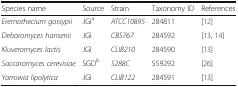
<table><thead><tr><td><b>Species name</b></td><td><b>Source</b></td><td><b>Strain</b></td><td><b>Taxonomy ID</b></td><td><b>References</b></td></tr></thead><tbody><tr><td><i>Eremothecium gossypii</i></td><td>JGI<sup>a</sup></td><td><i>ATCC10895</i></td><td>284811</td><td>[12]</td></tr><tr><td><i>Debaromyces hansenii</i></td><td>JGI</td><td><i>CBS767</i></td><td>284592</td><td>[13, 14]</td></tr><tr><td><i>Kluveromyces lactis</i></td><td>JGI</td><td><i>CLIB210</i></td><td>284590</td><td>[13]</td></tr><tr><td><i>Saccaromyces cerevisiae</i></td><td>SGD<sup>b</sup></td><td><i>S288C</i></td><td>559292</td><td>[26]</td></tr><tr><td><i>Yarrowia lipolytica</i></td><td>JGI</td><td><i>CLIB122</i></td><td>284591</td><td>[13]</td></tr></tbody></table>